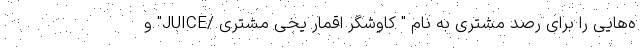
ه‌هایی را برای رصد مشتری به نام " کاوشگر اقمار یخی مشتری /JUICE" و